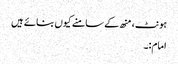
ہونٹ، منھ کے سامنے کیوں بنائے ہیں
امام:۔